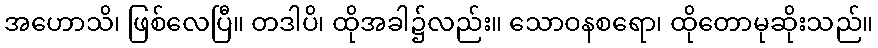
အဟောသိ၊ ဖြစ်လေပြီ။ တဒါပိ၊ ထိုအခါ၌လည်း။ သောဝနစရော၊ ထိုတောမုဆိုးသည်။